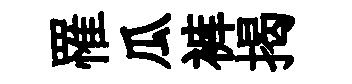
罹瓜裤揭